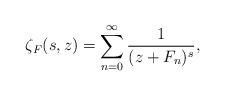
\begin{align*}\zeta _{F}(s,z)=\sum_{n=0}^{\infty }\frac{1}{(z+F_{n})^{s}},\end{align*}